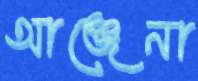
আঞ্জেনা